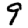
Digit: 9